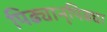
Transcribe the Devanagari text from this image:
पिढ्यान्‌पिढ्या